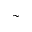
\sim